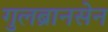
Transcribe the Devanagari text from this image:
गुलब्रानसेन